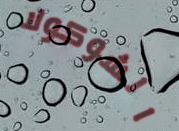
الشوكولا